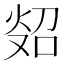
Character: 𪸲